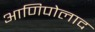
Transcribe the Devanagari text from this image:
आणिपोलाद